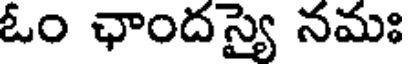
ఓం ఛాందస్యై నమః